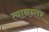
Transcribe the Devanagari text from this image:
त्यानन्तर